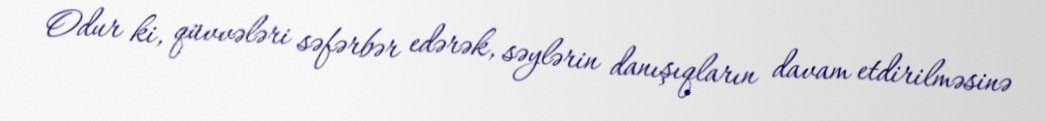
Odur ki, qüvvələri səfərbər edərək, səylərin danışıqların davam etdirilməsinə